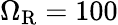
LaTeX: \Omega_{\mathrm{R}}=100